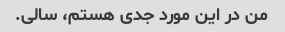
من در این مورد جدی هستم، سالی.